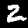
Digit: 2